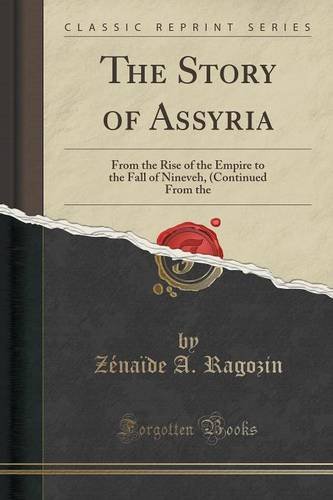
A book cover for The Story of Assyria: From the Rise of the Empire to the Fall of Nineveh, (Continued From "the Story of Chaldea") (Classic Reprint); ZÃ©naÃ¯de A. Ragozin; History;